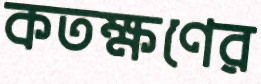
কতক্ষণের